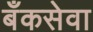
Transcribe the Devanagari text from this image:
बँकसेवा